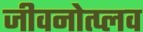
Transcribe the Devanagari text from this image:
जीवनोत्प्लव